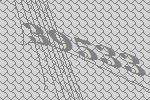
39533